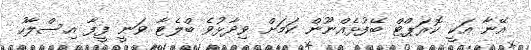
އޭނާ އަކީ ކޮރަޕްޓް ބޭފުޅެއްނޫން ކަމަށް ވިދާޅުވެ ބްލެޓާ ވަނީ ފީފާ އިސްލާހު